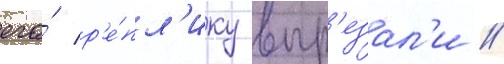
его́ р'е́пл'ику выр'езал'и //